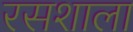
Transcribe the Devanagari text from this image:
रसशाला